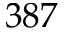
3 8 7